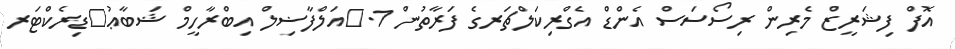
އޮފް ފިޝަރީޒް މެރިން ރިސޯސަސް އެންޑް އެގްރިކަލްޗަރގެ ފަރާތުން 1.	އަލްފާޟިލް އިބްރާހީމް ޝަބާޢު	ޑިރެކްޓަރ